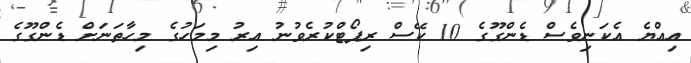
އިއްޔެ އެކަނިވެސް ޑެންގޫގެ 10 ކޭސް ރިޕޯޓްކުރެވުނު އިރު މިމަހުގެ މިހާތަނަށް ޑެންގޫގެ